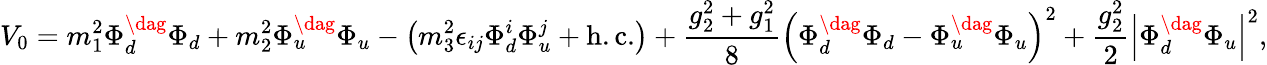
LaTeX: V_{0}=m_{1}^{2}\Phi_{d}^{\dag}\Phi_{d}+m_{2}^{2}\Phi_{u}^{\dag}\Phi_{u}-\left(m_{3}^{2}\epsilon_{ij}\Phi_{d}^{i}\Phi_{u}^{j}+\mathrm{h.c.}\right)+\frac{g_{2}^{2}+g_{1}^{2}}{8}\left(\Phi_{d}^{\dag}\Phi_{d}-\Phi_{u}^{\dag}\Phi_{u}\right)^{2}+\frac{g_{2}^{2}}{2}\left|\Phi_{d}^{\dag}\Phi_{u}\right|^{2},